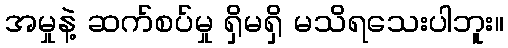
အမှုနဲ့ ဆက်စပ်မှု ရှိမရှိ မသိရသေးပါဘူး။